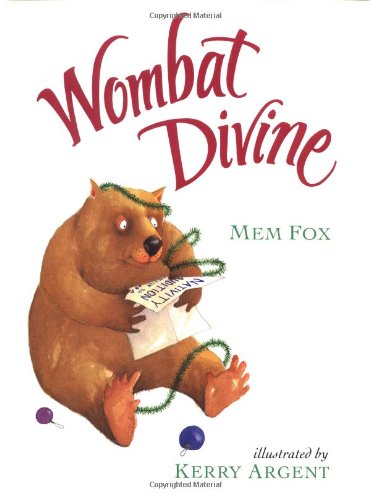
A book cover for Wombat Divine; Mem Fox; Children's Books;